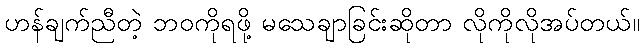
ဟန်ချက်ညီတဲ့ ဘဝကိုရဖို့ မသေချာခြင်းဆိုတာ လိုကိုလိုအပ်တယ်။